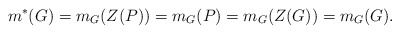
\begin{align*}m^*(G)=m_G(Z(P))=m_G(P)=m_G(Z(G))=m_G(G).\end{align*}